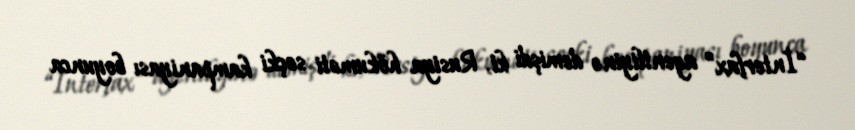
“İnterfax” agentliyinə demişdi ki, Rusiya hökuməti seçki kampaniyası boyunca